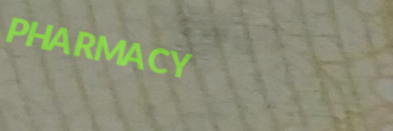
PHARMACY